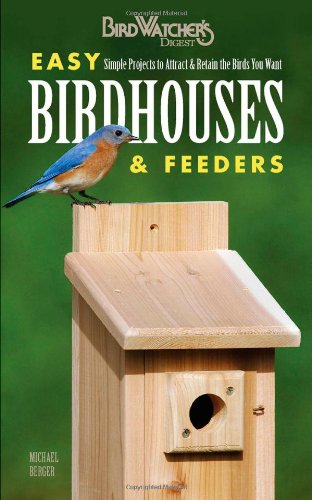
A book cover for Easy Birdhouses & Feeders: Simple Projects to Attract & Retain the Birds You Want (BirdWatcher's Digest); Michael Berger; Crafts, Hobbies & Home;